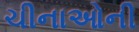
ચીનાઓની